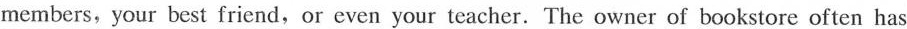
members,your best friend,or even your teacher. The owner of bookstore often has